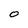
Character: 0